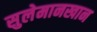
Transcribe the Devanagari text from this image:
सुलेमानखान